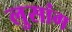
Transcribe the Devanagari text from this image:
लुसांग